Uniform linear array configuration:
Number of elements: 4
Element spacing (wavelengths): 0.5
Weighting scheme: hamming
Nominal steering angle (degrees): -30
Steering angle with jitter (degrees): -30.64
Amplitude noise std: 0.05
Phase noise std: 0.05

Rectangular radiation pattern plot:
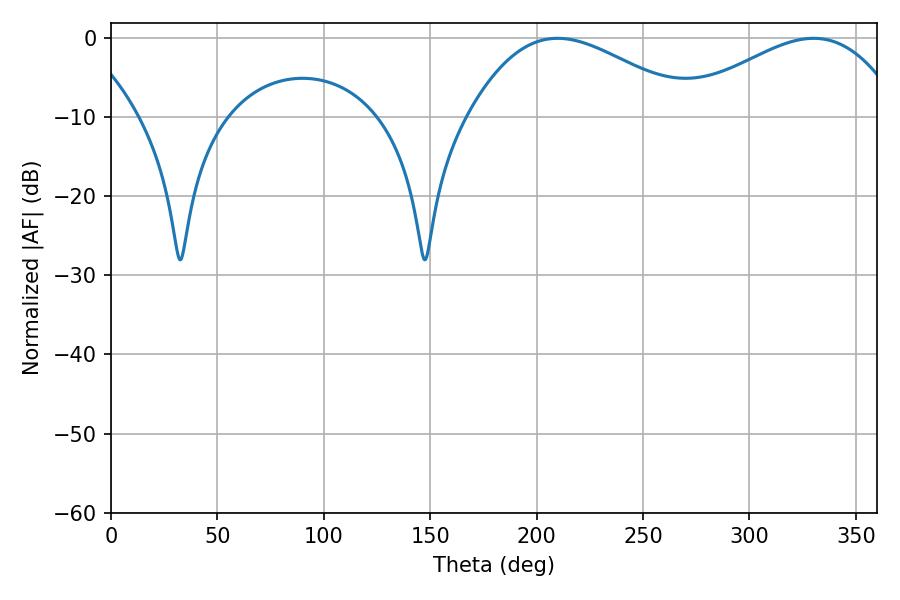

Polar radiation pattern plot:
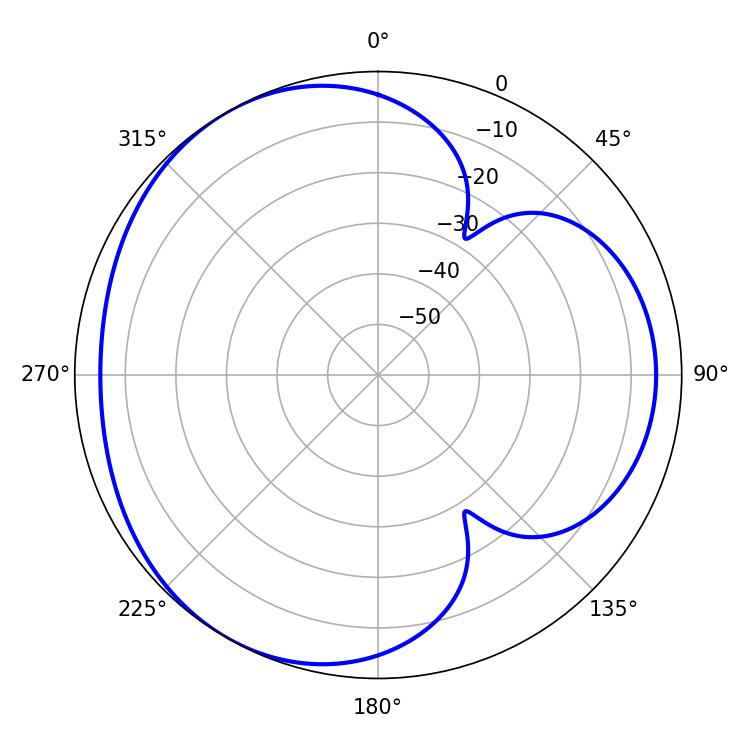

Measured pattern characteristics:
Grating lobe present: FALSE
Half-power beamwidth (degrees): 57.24
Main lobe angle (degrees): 209.88